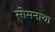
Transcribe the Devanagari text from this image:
सोमनाथा